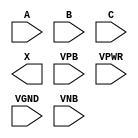
module sky130_fd_sc_ls__xor3 (
    //# {{data|Data Signals}}
    input  A   ,
    input  B   ,
    input  C   ,
    output X   ,

    //# {{power|Power}}
    input  VPB ,
    input  VPWR,
    input  VGND,
    input  VNB
);
endmodule